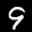
Label: 9